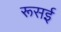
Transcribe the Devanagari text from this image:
रूसई